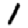
Digit: 1